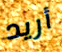
أريد